Leaving Certificate Examination (including Day School Certificate (Higher) General paper), 1938
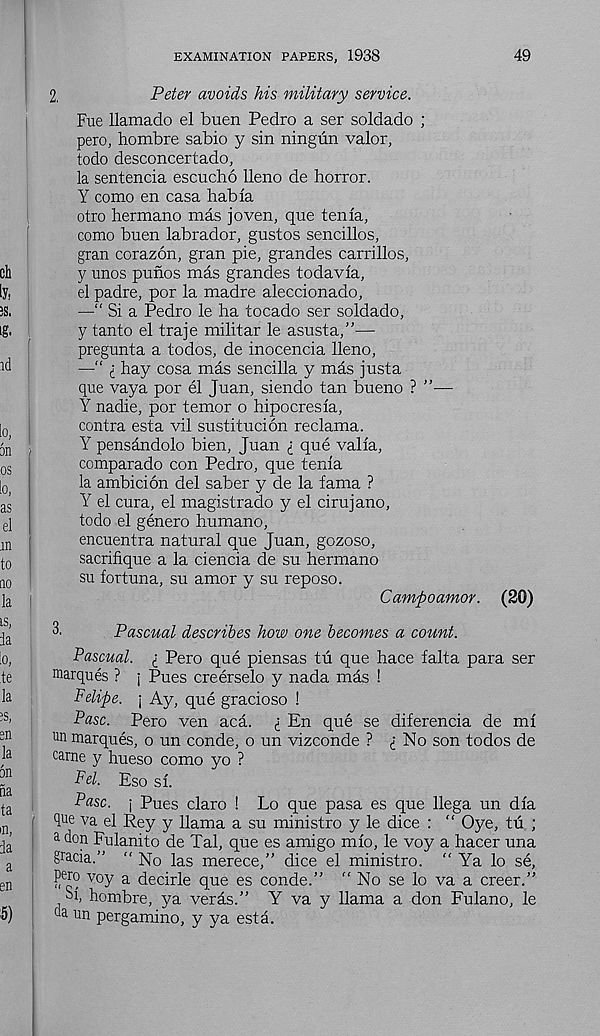
EXAMINATION PAPERS, 1938
49
2.
Peter avoids his military service.
Fue llamado el buen Pedro a ser soldado ;
pero, hombre sabio y sin ningiin valor,
todo desconcertado,
la sentencia escucho lleno de horror.
Y como en casa habla
otro hermano mas joven, que tenia,
como buen labrador, gustos sencillos,
gran corazon, gran pie, grandes Carrillos,
y unos punos mas grandes todavla,
el padre, por la madre aleccionado,
—“ Si a Pedro le ha tocado ser soldado,
y tanto el traje militar le asusta,”—
pregunta a todos, de inocencia lleno,
—“ i hay cosa mas sen cilia y mds justa
que vaya por el Juan, siendo tan bueno ? ”—
Y nadie, por temor o hipocresla,
contra esta vil sustitucion reclama.
Y pensandolo bien, Juan £ que valla,
comparado con Pedro, que tenia
la ambicion del saber y de la fama ?
Y el cur a, el magistrado y el cirujano,
todo el genero humano,
encuentra natural que Juan, gozoso,
sacrifique a la ciencia de su hermano
su fortuna, su amor y su reposo.
Campoamor. (20)
3.
Pascual describes how one becomes a count.
Pascual. i Pero que piensas tu que hace falta para ser
marques ? j Pues creerselo y nada mas !
Felipe, j Ay, que gracioso !
Paso. Pero ven aca. <; En que se diferencia de ml
un marques, o un conde, o un vizconde ? i No son todos de
carne y hueso como yo ?
Fel. Eso si.
Pasc. j Pues claro ! Lo que pasa es que llega un dla
que va el Rey y llama a su ministro y le dice : “ Oye, tu ;
a don Fulanito de Tal, que es amigo mlo, le voy a hacer una
gracia.” “ No las merece,” dice el ministro. “ Ya lo se,
pero voy a decirle que es conde.” "No se lo va a creer.”
Si, hombre, ya verds.” Y va y llama a don Fulano, le
da un pergamino, y ya esta.